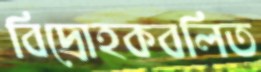
বিদ্রোহকবলিত